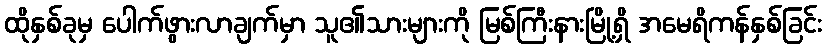
ထိုနှစ်ခုမှ ပေါက်ဖွားလာချက်မှာ သူ၏သားများကို မြစ်ကြီးနားမြို့ရှိ အမေရိကန်နှစ်ခြင်း